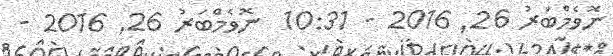
ނޮވެމްބަރު 26